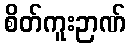
စိတ်ကူးဉာဏ်